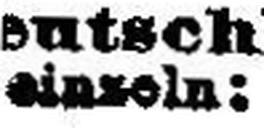
einzeln: